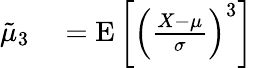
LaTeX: \begin{array}{rl}{{\tilde{\mu}}_{3}}&{{}=\operatorname{E}\left[\left({\frac{X-\mu}{\sigma}}\right)^{3}\right]}\end{array}